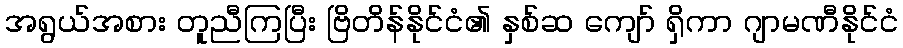
အရွယ်အစား တူညီကြပြီး ဗြိတိန်နိုင်ငံ၏ နှစ်ဆ ကျော် ရှိကာ ဂျာမဏီနိုင်ငံ